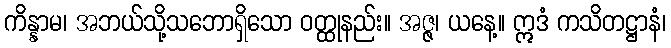
ကိန္နာမ၊ အဘယ်သို့သဘောရှိသော ဝတ္ထုနည်း။ အဇ္ဇ၊ ယနေ့။ ဣဒံ ကသိတဋ္ဌာနံ၊